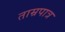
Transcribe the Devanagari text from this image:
ताम्रपात्र